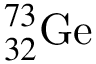
^ { 7 3 } _ { 3 2 } \mathrm { G e }